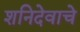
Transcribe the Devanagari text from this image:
शनिदेवाचे